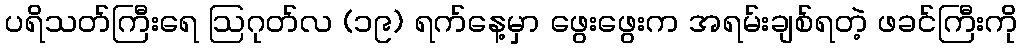
ပရိသတ်ကြီးရေ ဩဂုတ်လ (၁၉) ရက်နေ့မှာ ဖွေးဖွေးက အရမ်းချစ်ရတဲ့ ဖခင်ကြီးကို